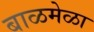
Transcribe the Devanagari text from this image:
बाळमेळा